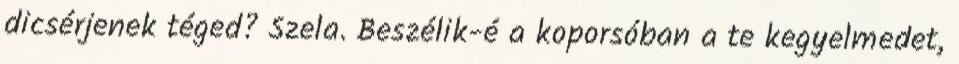
dicsérjenek téged? Szela. Beszélik-é a koporsóban a te kegyelmedet,